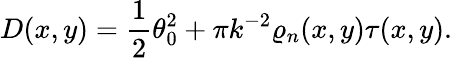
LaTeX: D(x,y)=\frac{1}{2}\theta_{0}^{2}+\pi k^{-2}\varrho_{n}(x,y)\tau(x,y).